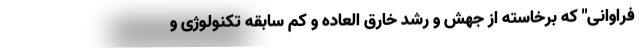
فراوانی" که برخاسته از جهش و رشد خارق العاده و کم سابقه تکنولوژی و